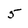
Character: 5